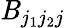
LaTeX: \mathit{B}_{j_{1}j_{2}j}